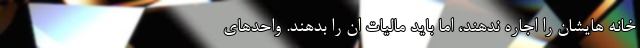
خانه هایشان را اجاره ندهند، اما باید مالیات ان را بدهند. واحد‌های